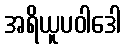
အရိယူပဝါဒေါ